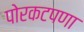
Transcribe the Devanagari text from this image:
पोरकटपणा